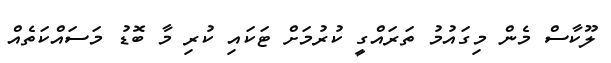
ލޫކާސް މެން މިގައުމު ތަރައްގީ ކުރުމަށް ޓަކައި ކުރި މާ ބޮޑު މަސައްކަތެއް